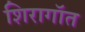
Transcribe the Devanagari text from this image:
शिरागॉत